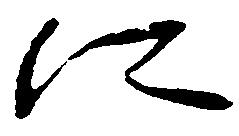
に